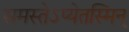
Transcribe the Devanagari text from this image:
समस्तेऽप्येतस्मिन्